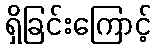
ရှိခြင်းကြောင့်